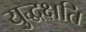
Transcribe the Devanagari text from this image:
युद्धक्षति